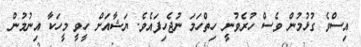
އިސްވެ ގުޅުމުން ވެސް ހުރެވުނީ ހިތްހަމަ ނުޖެހިފައެވެ. ޔަޝާއަށް ހީވީ މީހަކާ އިނުމުން